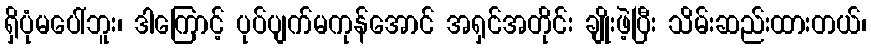
ရှိပုံမပေါ်ဘူး၊ ဒါကြောင့် ပုပ်ပျက်မကုန်အောင် အရှင်အတိုင်း ချိုးဖဲ့ပြီး သိမ်းဆည်းထားတယ်၊